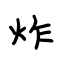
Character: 炸